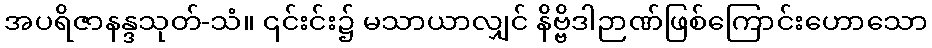
အပရိဇာနန္ဒသုတ်-သံ။ ၎င်းင်း၌ မသာယာလျှင် နိဗ္ဗိဒါဉာဏ်ဖြစ်ကြောင်းဟောသော